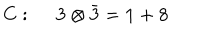
C : ~ ~ { \bf 3 } \otimes \bar { \bf 3 } = { \bf 1 } + { \bf 8 }